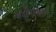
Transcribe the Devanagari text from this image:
गोउबा